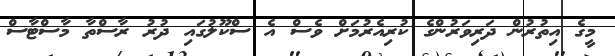
މީގެ އިތުރުން ދަރިވަރުންގެ ކުރިއެރުމަށް ވެސް އެ ސްކޫލުގައި ދުރު ރާސްތާ މާސްޓާސް